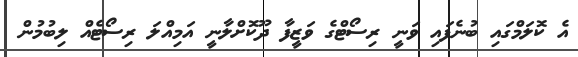
އެ ކޮލަމްގައި ބުނެފައި ވަނީ ރިސޯޓްގެ ވަޒީފާ ދޫކޮށްލާނީ އަމިއްލަ ރިސޯޓެއް ލިބުމުން